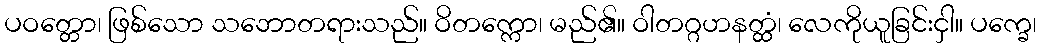
ပဝတ္တော၊ ဖြစ်သော သဘောတရားသည်။ ဝိတက္ကော၊ မည်၏။ ဝါတဂ္ဂဟနတ္ထံ၊ လေကိုယူခြင်းငှါ။ ပက္ခေ၊